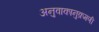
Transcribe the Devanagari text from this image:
अनुवाकानुक्रमणी